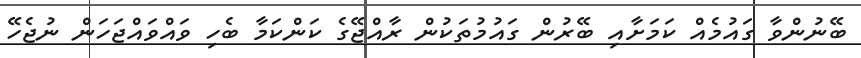
ބޭނުންވާ ގައުމެއް ކަމަށާއި ބޭރުން ގައުމުތަކުން ރާއްޖޭގެ ކަންކަމާ ބެހި ވައްވައްޖަހަން ނުޖެހޭ